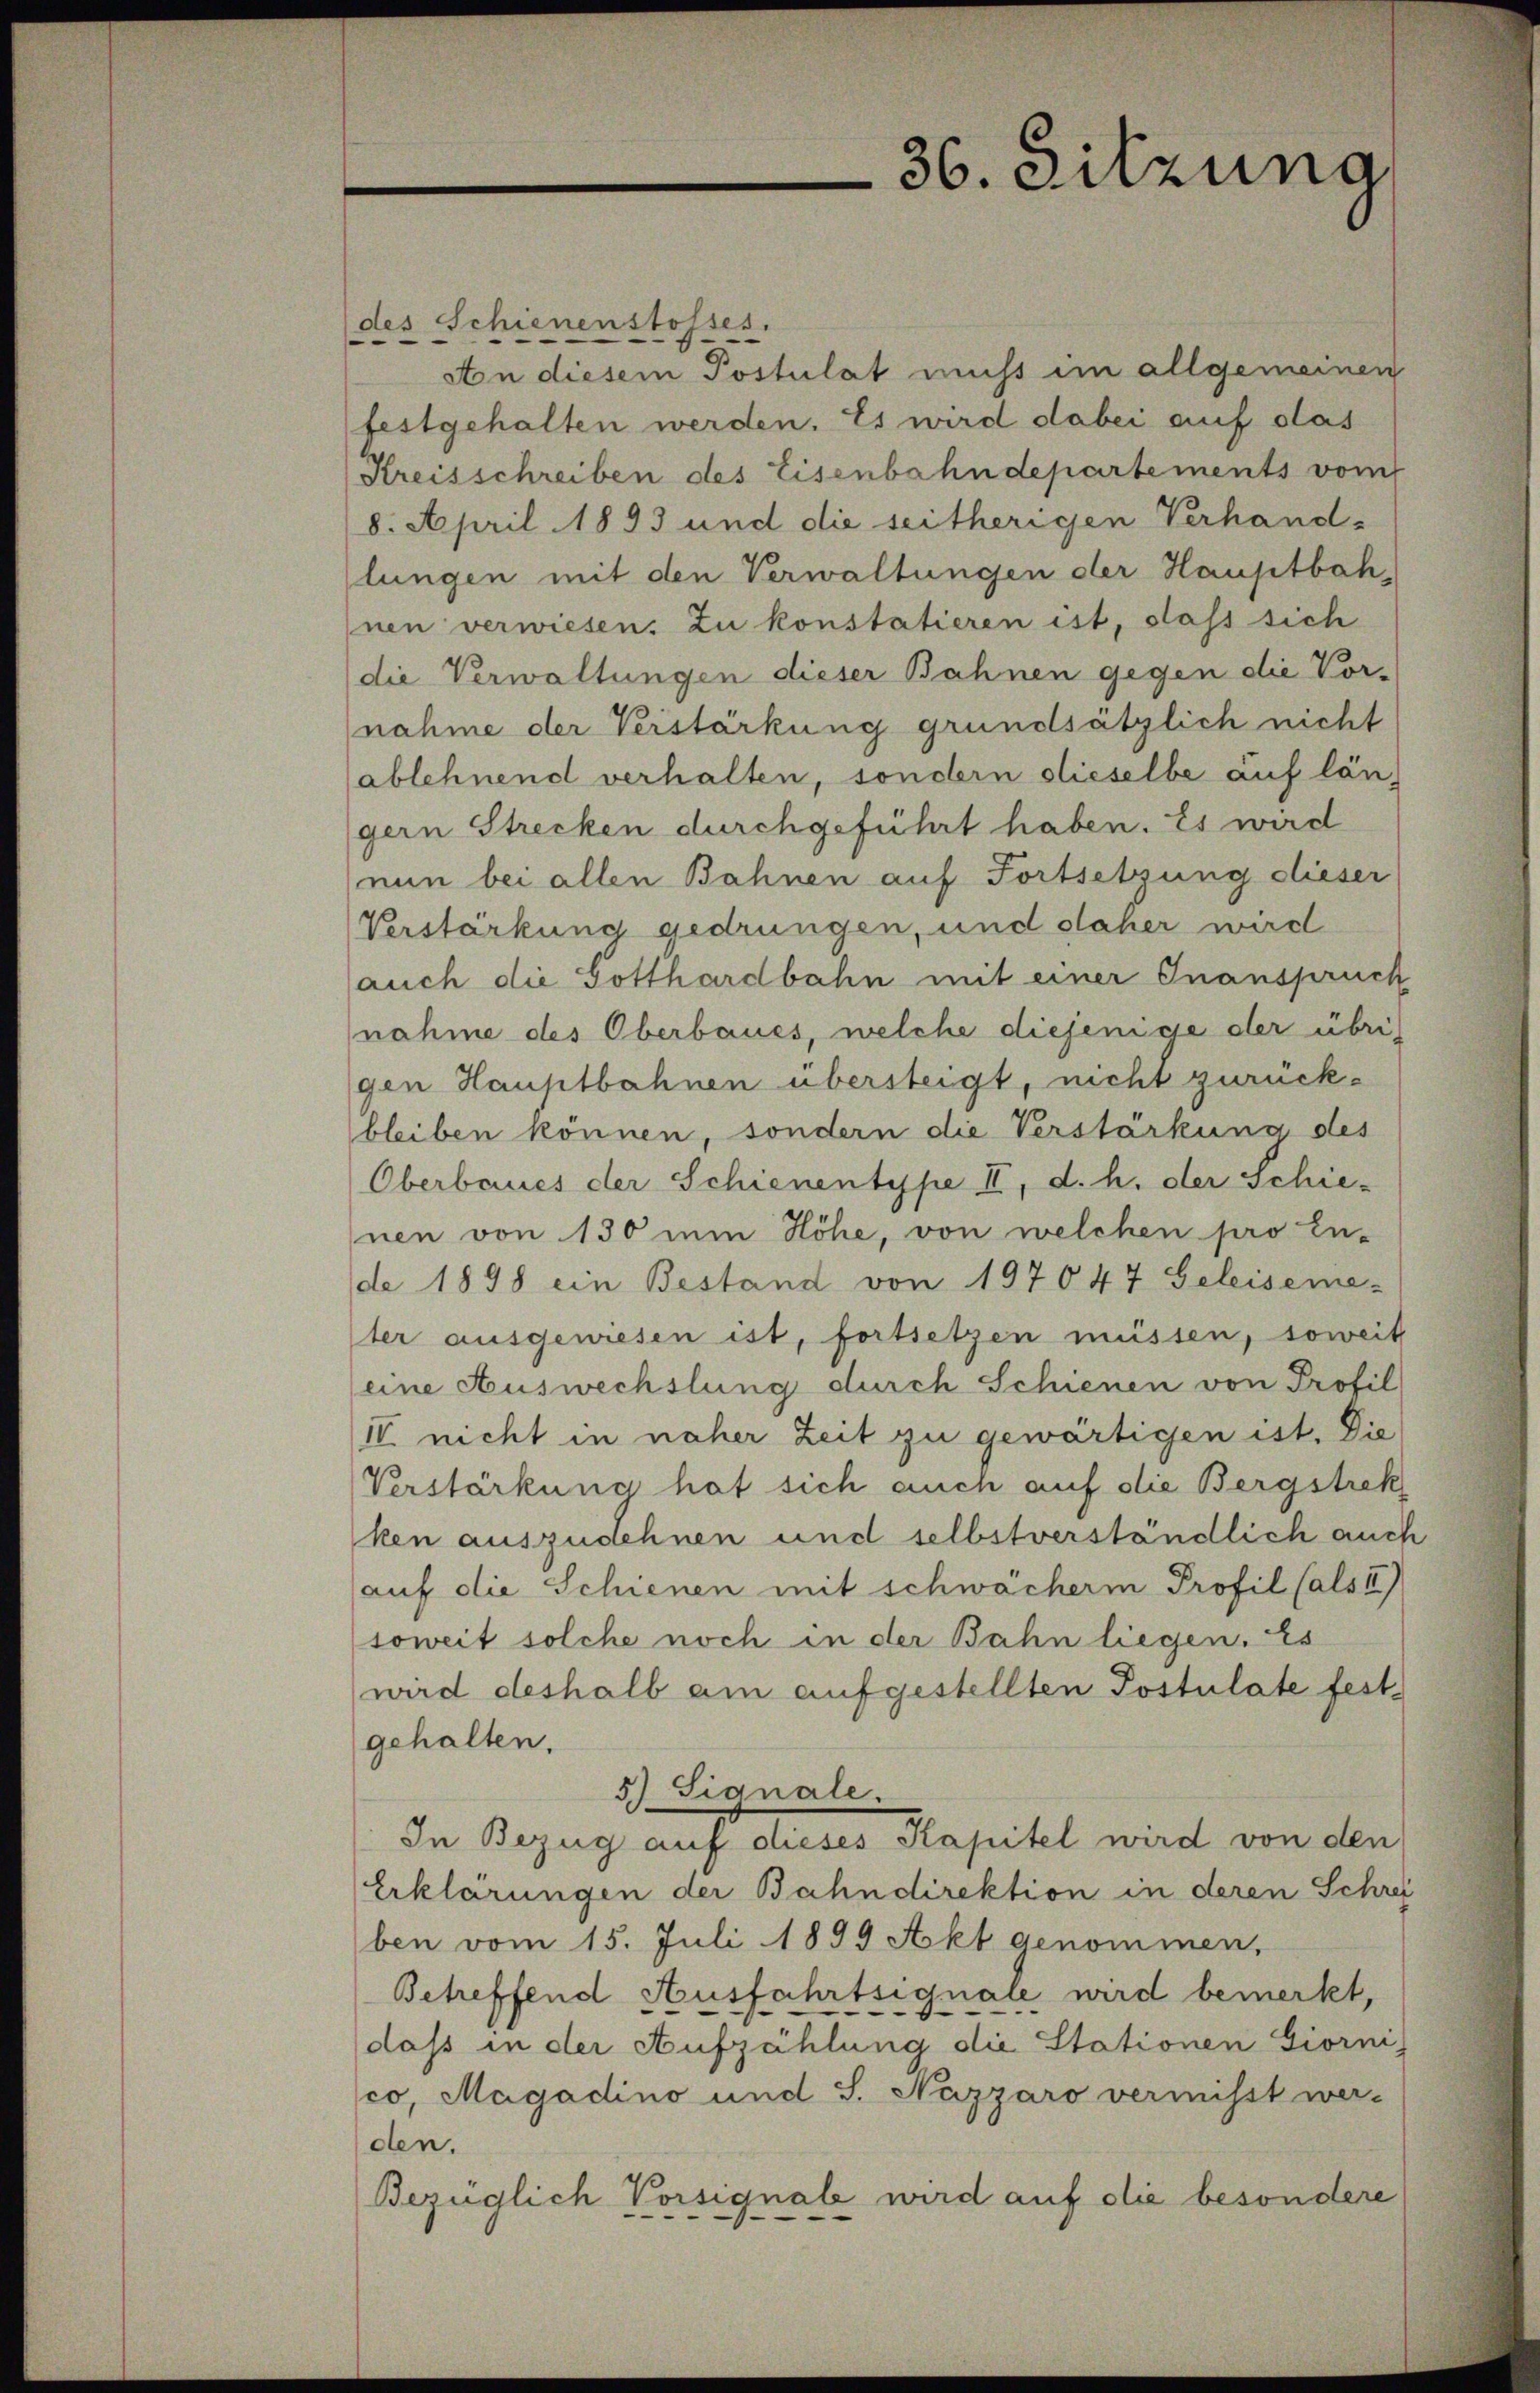
36. Sitzung

des Schienenstosses.
An diesem Postulat nicht im allgemeinen
festgehalten werden. Es wird dabei auf das
Kreisschreiben des Eisenbahndepartements vom
8. April 1893 und die seitherigen Verhandlungen mit den Verwaltungen der Hauptbah
nen verwiesen. Zu konstatieren ist, dass sich
(die Verwaltungen dieser Bahnen gegen die Vornahme der Verstärkung grundsätzlich nicht
ablehnend verhalten, sondern dieselbe auf län
gern Strecken durchgeführt haben. Es wird
nun bei allen Bahnen auf Fortsetzung dieser
Verstärkung gedrungen, und daher wird
auch die Gotthardbahn mit einer Inanspruch
nahme des Oberbaues, welche diejenige der übrigen Hauptbahnen übersteigt, nicht zurückbleiben können, sondern die Verstärkung des
Oberbaues der Schienentype II, d. h. der Schie-
nen von 130 ein Höhe, von welchen pro En-
de 1898 ein Bestand von 197047 Geleiseme-
ter ausgewiesen ist, fortsetzen müssen, soweit
eine Auswechslung durch Schienen von Profil
IV nicht in näher Zeit zu gewärtigen ist. Die
Verstärkung hat sich auch auf die Bergstrek
ken auszudehnen und selbstverständlich auch
auf die Schienen mit schwächerm Profil (als II)
(soweit solche noch in der Bahn liegen. Es
wird deshalb am aufgestellten Postulate festgehalten.
5.) Signale.
In Bezug auf dieses Kapitel wird von den
Erklärungen der Bahndirektion in deren Schrei
ben vom 15. Juli 1899 Akt genommen,
Betreffend Ausfahrtsignale wird bemerkt,
dass in der Aufzählung die Stationen Giornis
co, Magadino und S. Nazzaro vermisst wer-
den.
Bezüglich Vorsignale wird auf die besondere